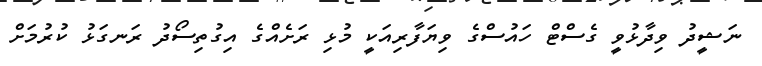
ނަޝީދު ވިދާޅުވީ ގެސްޓް ހައުސްގެ ވިޔަފާރިއަކީ މުޅި ރަށެއްގެ އިގުތިސޯދު ރަނގަޅު ކުރުމަށް